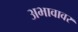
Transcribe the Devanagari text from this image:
अभावावर